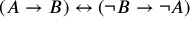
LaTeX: ( A \to B ) \leftrightarrow ( \neg B \to \neg A )